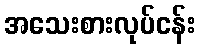
အသေးစားလုပ်ငန်း